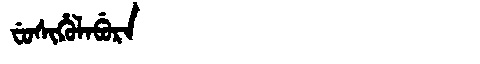
Manchu: ᠸᡠᠰᡳᡥᡠᠯᠠᠪᡠᡵᠠ
Romanization: FUSIHULABURA